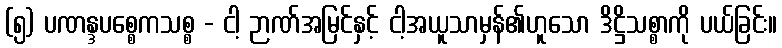
(၅) ပဏန္ဒပစ္စေကသစ္စ - ငါ့ ဉာဏ်အမြင်နှင့် ငါ့အယူသာမှန်၏ဟူသော ဒိဋ္ဌိသစ္စာကို ပယ်ခြင်း။